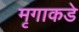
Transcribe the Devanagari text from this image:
मृगाकडे